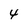
Character: 4